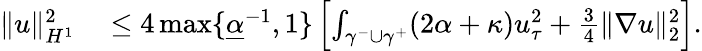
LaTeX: \begin{array}{rl}{\| u\| _{H^{1}}^{2}}&{{}\leq 4\operatorname*{max}\lbrace\underline{{\alpha}}^{-1},1\rbrace\left[\int_{\gamma^{-}\cup\gamma^{+}}(2\alpha+\kappa)u_{\tau}^{2}+\frac{3}{4}\| \nabla u\| _{2}^{2}\right].}\end{array}